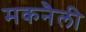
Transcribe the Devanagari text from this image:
मकनैली